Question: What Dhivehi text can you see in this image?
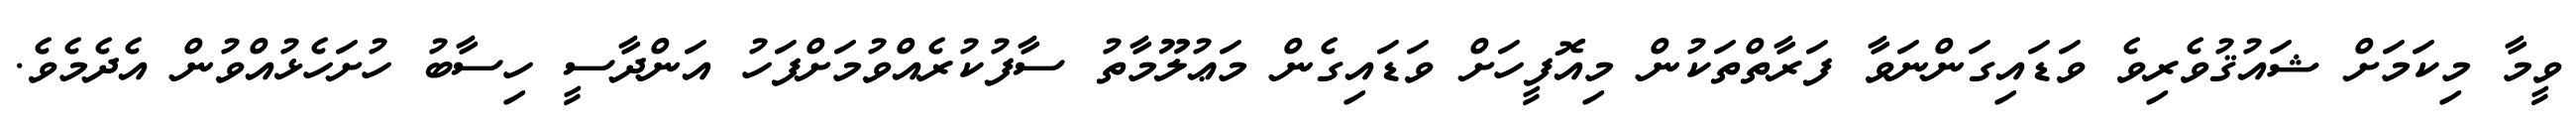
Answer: ވީމާ މިކަމަށް ޝައުޤުވެރިވެ ވަޑައިގަންނަވާ ފަރާތްތަކުން މިއޮފީހަށް ވަޑައިގެން މަޢުލޫމާތު ސާފުކުރެއްވުމަށްފަހު އަންދާސީ ހިސާބު ހުށަހެޅުއްވުން އެދެމެވެ.